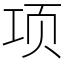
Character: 项